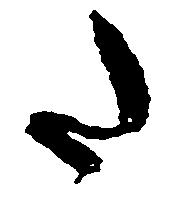
た